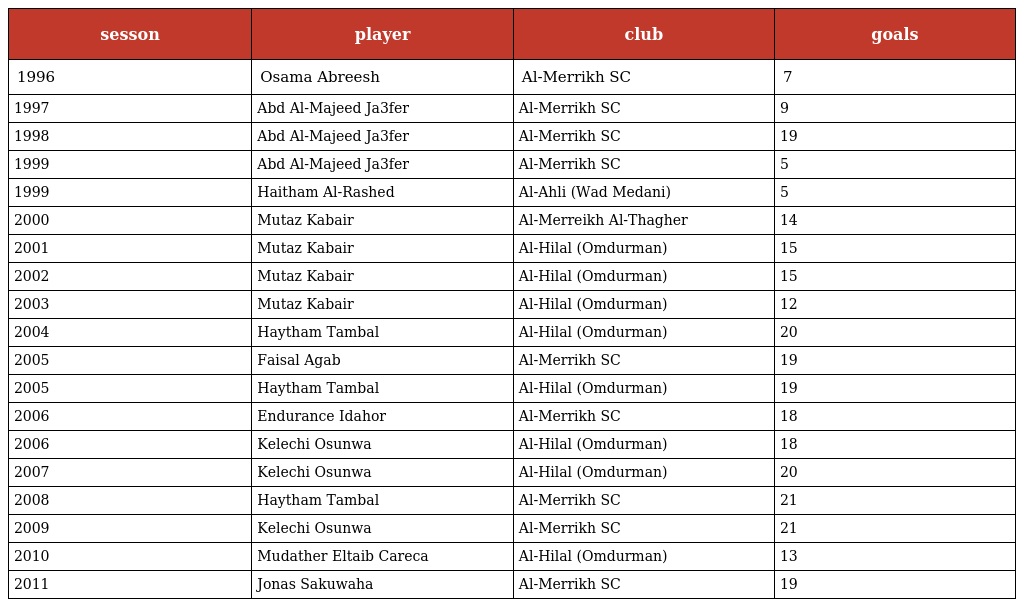
| sesson | player | club | goals |
 | --- | --- | --- | --- |
 | 1996 | Osama Abreesh | Al-Merrikh SC | 7 |
 | 1997 | Abd Al-Majeed Ja3fer | Al-Merrikh SC | 9 |
 | 1998 | Abd Al-Majeed Ja3fer | Al-Merrikh SC | 19 |
 | 1999 | Abd Al-Majeed Ja3fer | Al-Merrikh SC | 5 |
 | 1999 | Haitham Al-Rashed | Al-Ahli (Wad Medani) | 5 |
 | 2000 | Mutaz Kabair | Al-Merreikh Al-Thagher | 14 |
 | 2001 | Mutaz Kabair | Al-Hilal (Omdurman) | 15 |
 | 2002 | Mutaz Kabair | Al-Hilal (Omdurman) | 15 |
 | 2003 | Mutaz Kabair | Al-Hilal (Omdurman) | 12 |
 | 2004 | Haytham Tambal | Al-Hilal (Omdurman) | 20 |
 | 2005 | Faisal Agab | Al-Merrikh SC | 19 |
 | 2005 | Haytham Tambal | Al-Hilal (Omdurman) | 19 |
 | 2006 | Endurance Idahor | Al-Merrikh SC | 18 |
 | 2006 | Kelechi Osunwa | Al-Hilal (Omdurman) | 18 |
 | 2007 | Kelechi Osunwa | Al-Hilal (Omdurman) | 20 |
 | 2008 | Haytham Tambal | Al-Merrikh SC | 21 |
 | 2009 | Kelechi Osunwa | Al-Merrikh SC | 21 |
 | 2010 | Mudather Eltaib Careca | Al-Hilal (Omdurman) | 13 |
 | 2011 | Jonas Sakuwaha | Al-Merrikh SC | 19 |